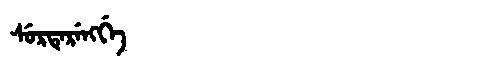
Manchu: ᠰᡠᡵᡨᡝᡵᡝᠩᡤᡝ
Romanization: SURTERENGGE